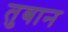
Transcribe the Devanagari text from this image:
तुबान